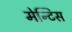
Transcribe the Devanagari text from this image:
मेन्टिस